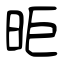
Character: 昛